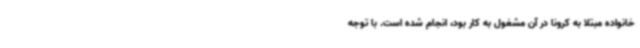
خانواده مبتلا به کرونا در آن مشغول به کار بود، انجام شده است. با توجه